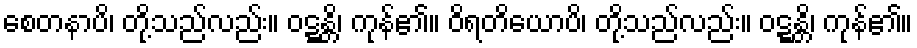
စေတနာပိ၊ တို့သည်လည်း။ ဝဋ္ဋန္တိ၊ ကုန်၏။ ဝိရတိယောပိ၊ တို့သည်လည်း။ ဝဋ္ဋန္တိ၊ ကုန်၏။